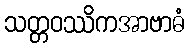
သတ္တဝဿိကအာဗာဓံ